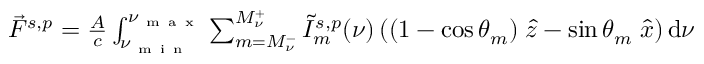
\begin{array} { r } { \Vec { F } ^ { s , p } = \frac { A } { c } \int _ { \nu _ { \mathrm { ~ m ~ i ~ n ~ } } } ^ { \nu _ { \mathrm { ~ m ~ a ~ x ~ } } } \sum _ { m = M _ { \nu } ^ { - } } ^ { M _ { \nu } ^ { + } } \tilde { I } _ { m } ^ { s , p } ( \nu ) \left( ( 1 - \cos \theta _ { m } ) \; \hat { z } - \sin \theta _ { m } \; \hat { x } \right) \mathrm { d } \nu } \end{array}